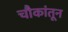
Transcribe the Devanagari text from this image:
चौकांतून